Source: Handwritten
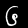
Digit: ၆ (6)